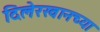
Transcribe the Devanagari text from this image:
दिलेरखानच्या